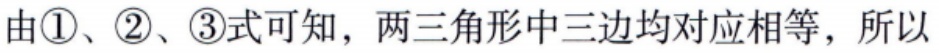
由\textcircled{1}、\textcircled{2}、\textcircled{3}式可知，两三角形中三边均对应相等，所以